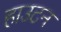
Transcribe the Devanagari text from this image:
हाउटन